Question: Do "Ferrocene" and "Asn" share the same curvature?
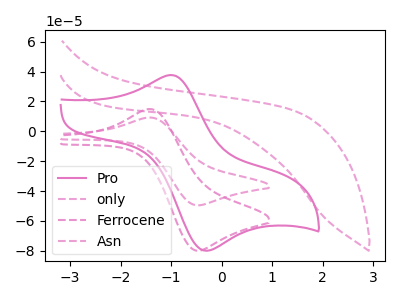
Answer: <think>The pink curve "Pro" has an anodic peak at (-1.00V, 37.65uA) and a cathodic peak at (-0.35V, -79.85uA). The pink dashed curve "only" has no peaks. The pink dashed curve "Ferrocene" has an anodic peak at (-1.40V, 14.80uA) and a cathodic peak at (-0.50V, -79.90uA). The pink dashed curve "Asn" has an anodic peak at (-1.40V, 9.20uA) and a cathodic peak at (-0.50V, -49.50uA).
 All the peaks in "Ferrocene" have a peak in "Asn" at the same potential. Every peak in "Ferrocene" is higher than every peak in "Asn".</think>
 <answer>"Ferrocene" and "Asn" are similar in shape.</answer>
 <eval>same_shape</eval>